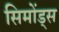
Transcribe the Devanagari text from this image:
सिमोंड्स